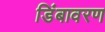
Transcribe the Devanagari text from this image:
डिंबावरण